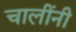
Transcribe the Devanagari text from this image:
चालींनी